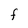
Character: F